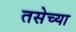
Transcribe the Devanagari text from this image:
तसेच्या